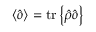
\left\langle \hat { o } \right\rangle = \mathrm { t r } \left\{ \hat { \rho } \hat { o } \right\}